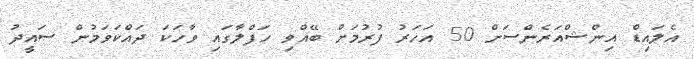
އެލައިޑް އިންޝްއަރެންސަށް 50 އަހަރު ފުރުމަށް ބޭއްވި ހަފްލާގައި ވާހަކަ ދައްކަވަމުން ސައީދު